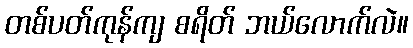
တစ်ပတ်ကုန်ကျ စရိတ် ဘယ်လောက်လဲ။